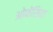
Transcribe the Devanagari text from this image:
ओफेंसिवा